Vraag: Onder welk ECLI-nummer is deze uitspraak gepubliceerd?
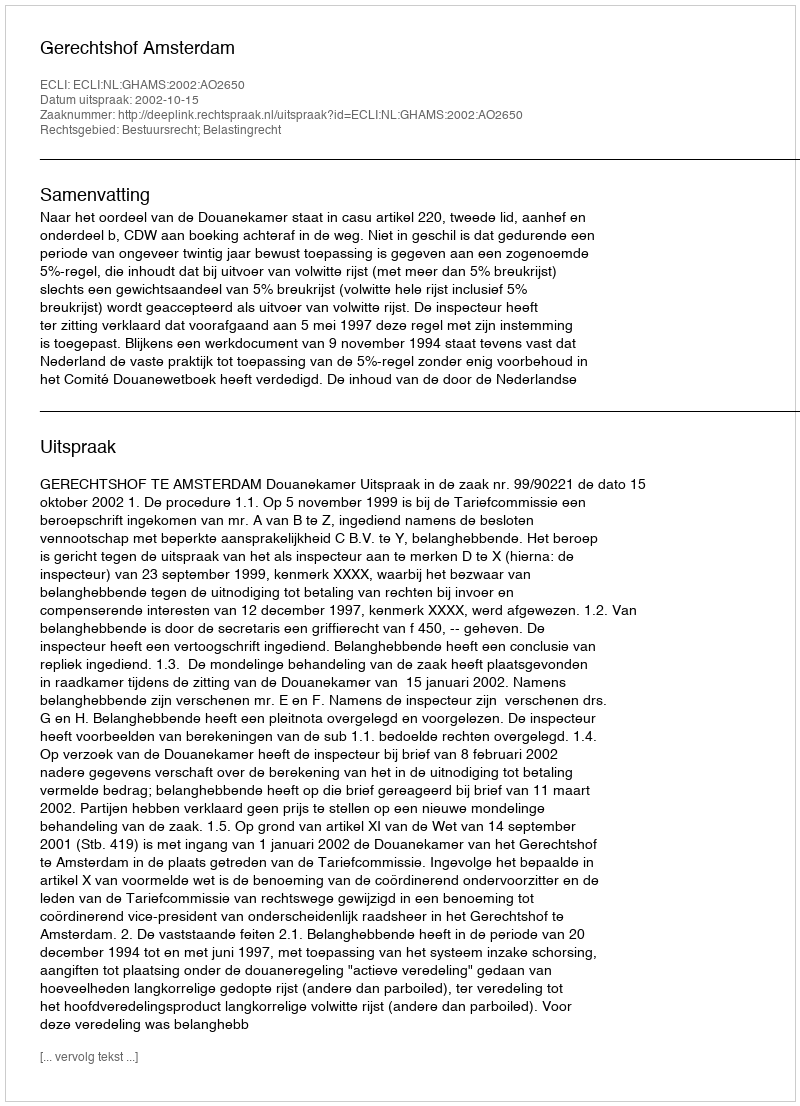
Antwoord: ECLI:NL:GHAMS:2002:AO2650